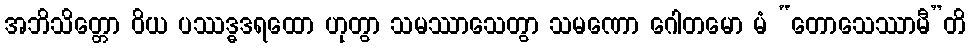
အဘိသိတ္တော ဝိယ ပဿဒ္ဓဒရထော ဟုတွာ သမဿာသေတွာ သမဏော ဂေါတမော မံ “တောသေဿာမီ”တိ